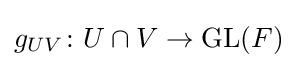
g_{UV}\colon U\cap V\to \operatorname {GL} (F)